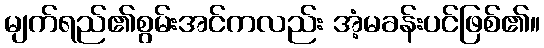
မျက်ရည်၏စွမ်းအင်ကလည်း အံ့မခန်းပင်ဖြစ်၏။